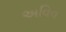
અવિવ